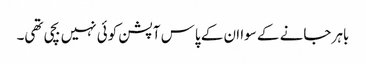
باہر جانے کے سوا ان کے پاس آپشن کوئی نہیں بچی تھی۔